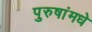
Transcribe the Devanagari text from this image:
पुरुषांमधे